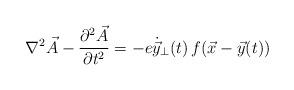
LaTeX: \begin{align*}\nabla^2 \vec{A} - {\partial^2 \vec{A} \over \partial t^2}= - e \dot{\vec{y}}_\perp (t) \, f(\vec{x}-\vec{y}(t))\end{align*}